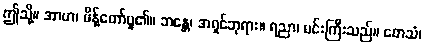
ဤသို့။ အာဟ၊ မိန့်တော်မူ၏။ ဘန္တေ၊ အရှင်ဘုရား။ ရညာ၊ မင်းကြီးသည်။ တေသံ၊